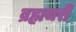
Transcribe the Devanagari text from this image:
ब्रह्मचरी